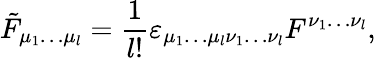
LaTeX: \tilde{F}_{\mu_{1}\ldots\mu_{l}}={\frac{1}{l!}}\varepsilon_{\mu_{1}\ldots\mu_{l}\nu_{1}\ldots\nu_{l}}F^{\nu_{1}\ldots\nu_{l}},